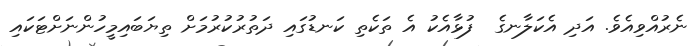
ނެރުއްވިއެވެ. އަދި އެކަލާނގެ  ފުޅާއެކު އެ ތަކެތި ކަނޑުގައި ދަތުރުކުރުމަށް ތިޔަބައިމީހުންނަށްޓަކައި